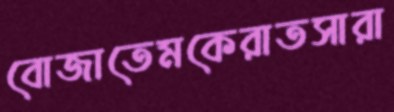
বোজাতেমকেরাতসারা